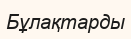
Бұлақтарды